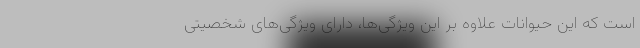
است که این حیوانات علاوه بر این ویژگی‌ها، دارای ویژگی‌های شخصیتی